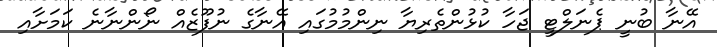
އޭނާ ބުނީ ޕެނަލްޓީ ޖަހާ ކުޅުންތެރިޔާ ނިންމުމުގައި އޭނާގެ ނުފޫޒެއް ނޯންނާނެ ކަމަށާއި